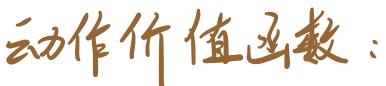
动作价值函数：